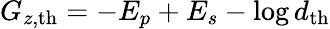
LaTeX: G_{z,\mathrm{th}}=-E_{p}+E_{s}-\log d_{\mathrm{th}}